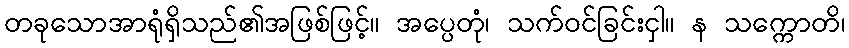
တခုသောအာရုံရှိသည်၏အဖြစ်ဖြင့်။ အပ္ပေတုံ၊ သက်ဝင်ခြင်းငှါ။ န သက္ကောတိ၊